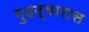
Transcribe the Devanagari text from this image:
गुदद्वारास